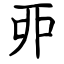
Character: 丣